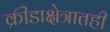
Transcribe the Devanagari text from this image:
क्रीडाक्षेत्रातही